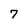
Character: 7